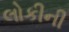
લોકીની